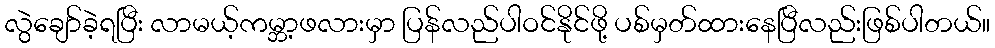
လွဲချော်ခဲ့ရပြီး လာမယ့်ကမ္ဘာ့ဖလားမှာ ပြန်လည်ပါဝင်နိုင်ဖို့ ပစ်မှတ်ထားနေပြီလည်းဖြစ်ပါတယ်။